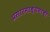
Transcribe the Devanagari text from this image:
प्रसारमाध्यमाची